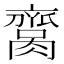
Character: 𦠕